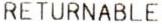
RETURNABLE